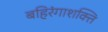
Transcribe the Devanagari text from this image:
बहिरंगाशक्ति